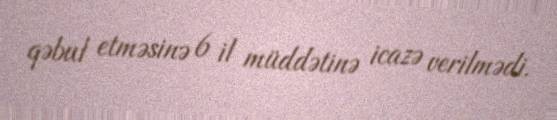
qəbul etməsinə 6 il müddətinə icazə verilmədi.